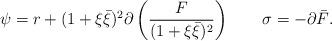
LaTeX: \begin{align*}\psi=r+(1+\xi\bar{\xi})^2\partial\left(\frac{F}{(1+\xi\bar{\xi})^2}\right) \qquad \sigma=-\partial\bar{F}.\end{align*}